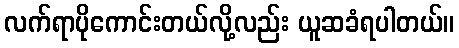
လက်ရာပိုကောင်းတယ်လို့လည်း ယူဆခံရပါတယ်။